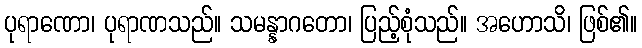
ပုရာဏော၊ ပုရာဏသည်။ သမန္နာဂတော၊ ပြည့်စုံသည်။ အဟောသိ၊ ဖြစ်၏။